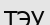
ТЭУ